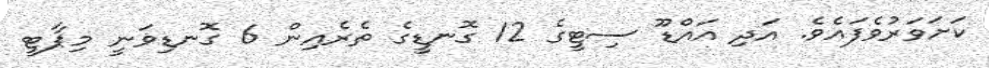
ކަށަވަރުވެފައެވެ. އަދި އައްޑޫ ސިޓީގެ 12 ގޮނޑީގެ ތެރެއިން 6 ގޮނޑިވަނީ މިޕާޓީ